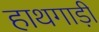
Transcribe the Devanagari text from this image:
हाथगाड़ी